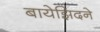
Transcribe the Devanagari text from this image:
बायेझिदने